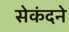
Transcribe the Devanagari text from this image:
सेकंदने